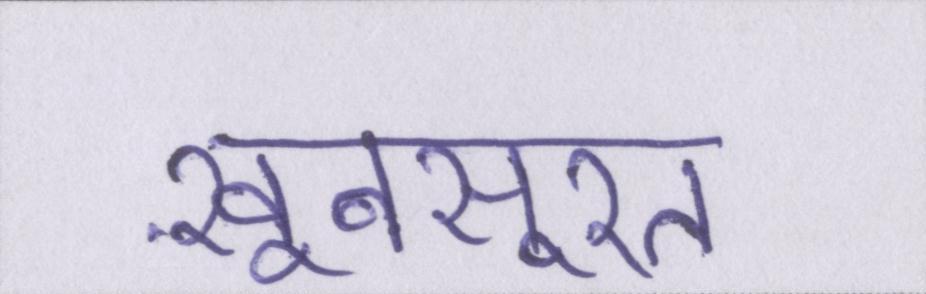
ख़ूबसूरत